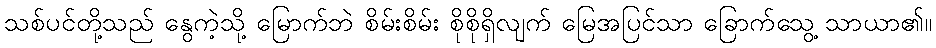
သစ်ပင်တို့သည် နွေကဲ့သို့ မြောက်ဘဲ စိမ်းစိမ်း စိုစိုရှိလျက် မြေအပြင်သာ ခြောက်သွေ့ သာယာ၏။